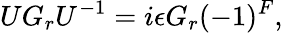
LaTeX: UG_{r}U^{-1}=i\epsilon G_{r}(-1)^{F},